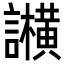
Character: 𬣕